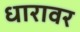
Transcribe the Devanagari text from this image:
धारावर